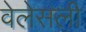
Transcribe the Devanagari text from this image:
वेलेसली